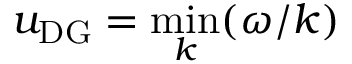
u _ { \mathrm { D G } } = \operatorname* { m i n } _ { k } ( \omega / k )